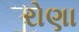
રોણા